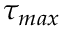
\tau _ { m a x }